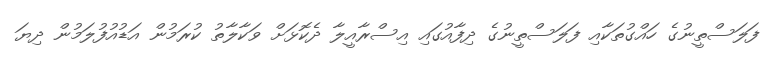
ފަލަސްތީނުގެ ހައްގުތަކާއި ފަލަސްތީނުގެ ދިފާއުގައި އިސްރާއީލާ ދެކޮޅަށް ވަކާލާތު ކުރަމުން އަޑުއުފުލަމުން ދިޔަ